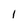
Character: 1